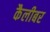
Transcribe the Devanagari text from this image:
कैलीबर